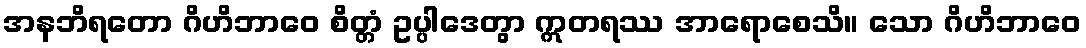
အနဘိရတော ဂိဟိဘာဝေ စိတ္တံ ဥပ္ပါဒေတွာ ဣတရဿ အာရောစေသိ။ သော ဂိဟိဘာဝေ